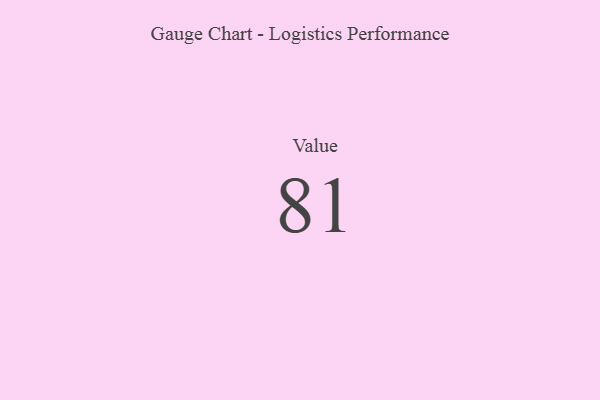
{"axis": {"x": "Metric", "y": "Value"}, "legend": [""], "data": [{"x": "Value", "y": 81, "type": ""}]}